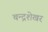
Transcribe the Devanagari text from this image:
चन्‍द्रशेखर